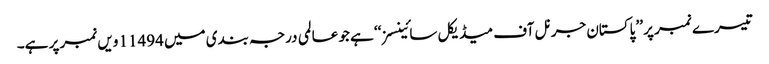
تیسرے نمبر پر ’’ پاکستان جرنل آف میڈیکل سائینسز ‘‘ ہے جو عالمی درجہ بندی میں 11494 ویں نمبر پر ہے۔